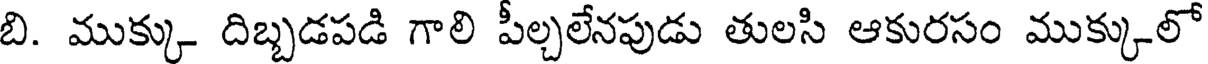
బి. ముక్కు దిబ్బడపడి గాలి పీల్చలేనపుడు తులసి ఆకురసం ముక్కులో